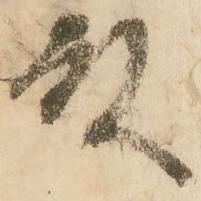
殿